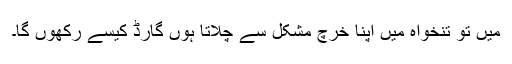
میں تو تنخواہ میں اپنا خرچ مشکل سے چلاتا ہوں گارڈ کیسے رکھوں گا۔